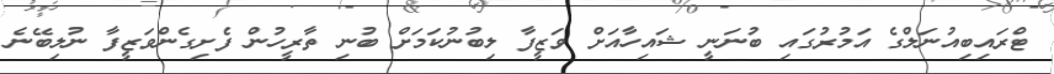
ޓްރައިބިއުނަލްގެ އަމުރުގައި ބުނަނީ ޝައިހާއަށް ވަޒީފާ ލިބުނުކަމަށް ބުނި ތާރީހުން ފެށިގެންވަޒީފާ ނުލިބޭނެ